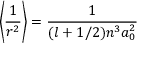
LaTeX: \left\langle { \frac { 1 } { r ^ { 2 } } } \right\rangle = { \frac { 1 } { ( l + 1 / 2 ) n ^ { 3 } a _ { 0 } ^ { 2 } } }